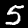
Label: 5